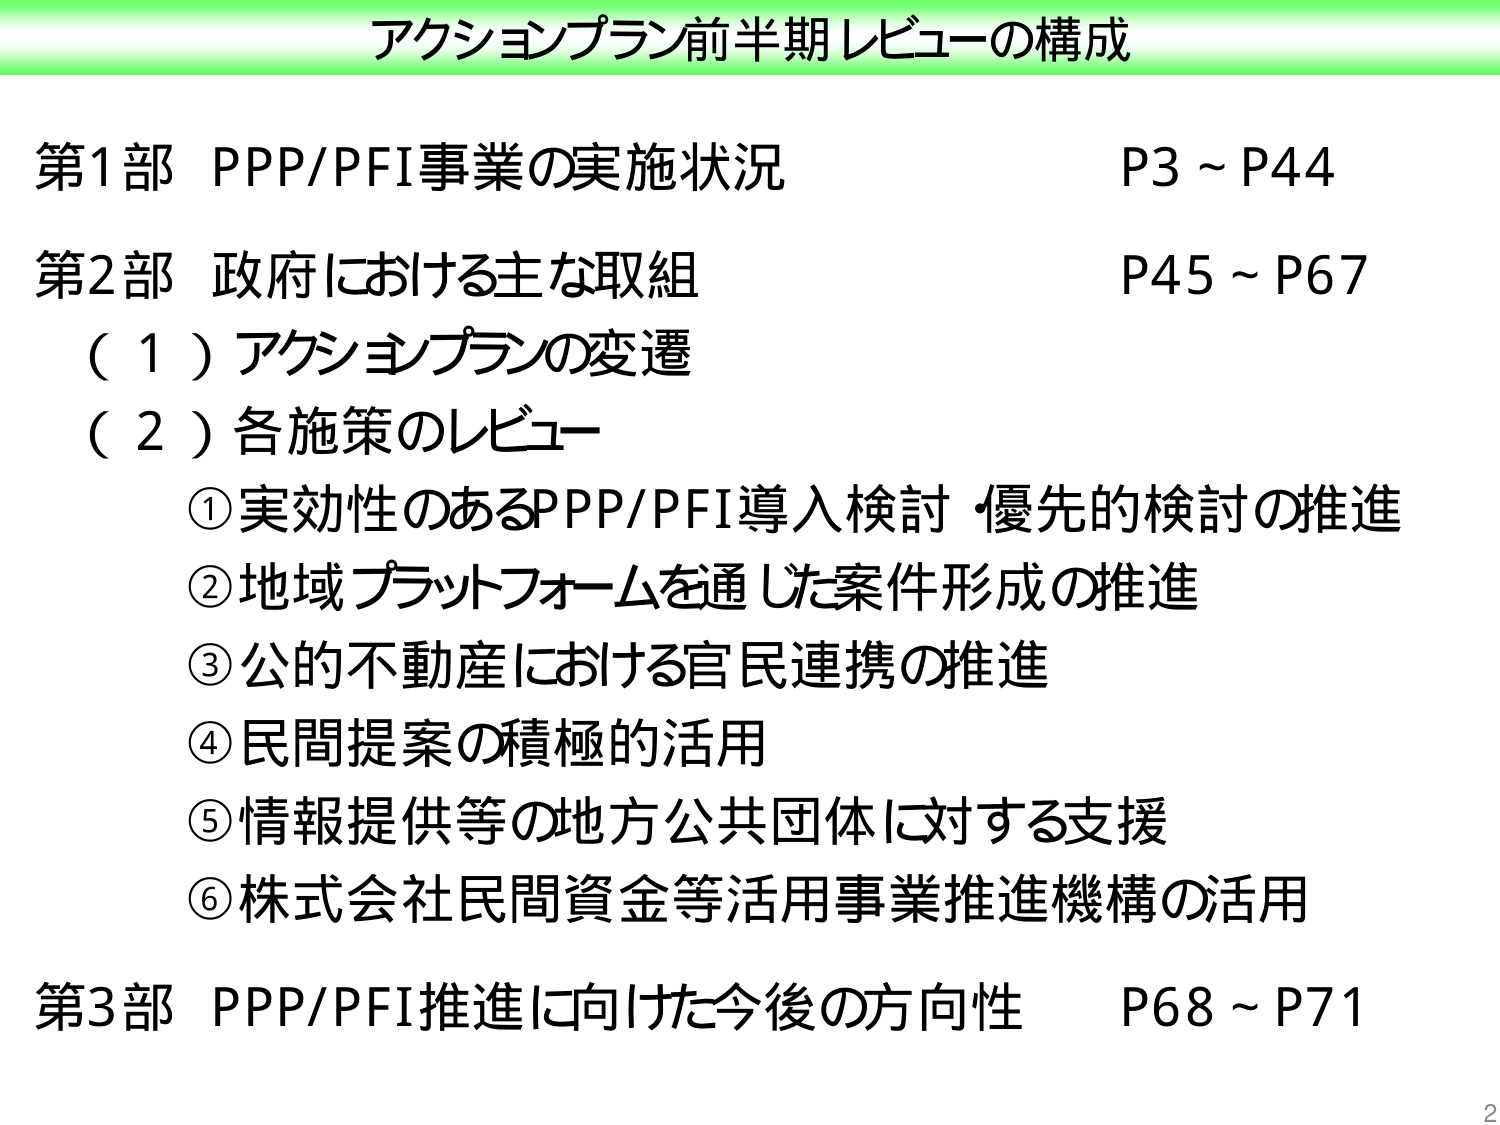
アクションプラン前半期レビューの構成

第1部 PPP/PFI事業の実施状況 P3～P44
第2部 政府における主な取組 P45～P67
（1）アクションプランの変遷
（2）各施策のレビュー
①実効性のあるPPP/PFI導入検討・優先的検討の推進
②地域プラットフォームを通じた案件形成の推進
③公的不動産における官民連携の推進
④民間提案の積極的活用
⑤情報提供等の地方公共団体に対する支援
⑥株式会社民間資金等活用事業推進機構の活用
第3部 PPP/PFI推進に向けた今後の方向性 P68～P71

2